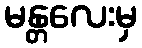
မန္တလေးမှ